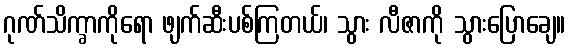
ဂုဏ်သိက္ခာကိုရော ဖျက်ဆီးပစ်ကြတယ်၊ သွား လီဇာကို သွားပြောချေ။